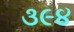
૩૯૪